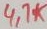
Text: 4.7K